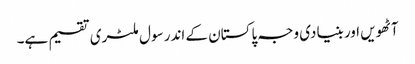
آٹھویں اور بنیادی وجہ پاکستان کے اندر سول ملٹری تقسیم ہے۔